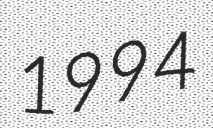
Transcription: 1994